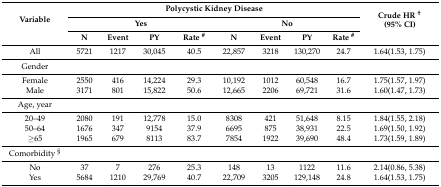
<table><thead><tr><td rowspan="3"><b>Variable</b></td><td colspan="8"><b>Polycystic Kidney Disease</b></td><td rowspan="3"><b>Crude HR <sup>†</sup> (95% CI)</b></td></tr><tr><td colspan="4"><b>Yes</b></td><td colspan="4"><b>No</b></td></tr><tr><td><b>N</b></td><td><b>Event</b></td><td><b>PY</b></td><td><b>Rate <sup>#</sup></b></td><td><b>N</b></td><td><b>Event</b></td><td><b>PY</b></td><td><b>Rate <sup>#</sup></b></td></tr></thead><tbody><tr><td>All</td><td>5721</td><td>1217</td><td>30,045</td><td>40.5</td><td>22,857</td><td>3218</td><td>130,270</td><td>24.7</td><td>1.64(1.53, 1.75)</td></tr><tr><td>Gender</td><td></td><td></td><td></td><td></td><td></td><td></td><td></td><td></td><td></td></tr><tr><td>Female</td><td>2550</td><td>416</td><td>14,224</td><td>29.3</td><td>10,192</td><td>1012</td><td>60,548</td><td>16.7</td><td>1.75(1.57, 1.97)</td></tr><tr><td>Male</td><td>3171</td><td>801</td><td>15,822</td><td>50.6</td><td>12,665</td><td>2206</td><td>69,721</td><td>31.6</td><td>1.60(1.47, 1.73)</td></tr><tr><td>Age, year</td><td></td><td></td><td></td><td></td><td></td><td></td><td></td><td></td><td></td></tr><tr><td>20–49</td><td>2080</td><td>191</td><td>12,778</td><td>15.0</td><td>8308</td><td>421</td><td>51,648</td><td>8.15</td><td>1.84(1.55, 2.18)</td></tr><tr><td>50–64</td><td>1676</td><td>347</td><td>9154</td><td>37.9</td><td>6695</td><td>875</td><td>38,931</td><td>22.5</td><td>1.69(1.50, 1.92)</td></tr><tr><td>≥65</td><td>1965</td><td>679</td><td>8113</td><td>83.7</td><td>7854</td><td>1922</td><td>39,690</td><td>48.4</td><td>1.73(1.59, 1.89)</td></tr><tr><td>Comorbidity <sup>§</sup></td><td></td><td></td><td></td><td></td><td></td><td></td><td></td><td></td><td></td></tr><tr><td>No</td><td>37</td><td>7</td><td>276</td><td>25.3</td><td>148</td><td>13</td><td>1122</td><td>11.6</td><td>2.14(0.86, 5.38)</td></tr><tr><td>Yes</td><td>5684</td><td>1210</td><td>29,769</td><td>40.7</td><td>22,709</td><td>3205</td><td>129,148</td><td>24.8</td><td>1.64(1.53, 1.75)</td></tr></tbody></table>